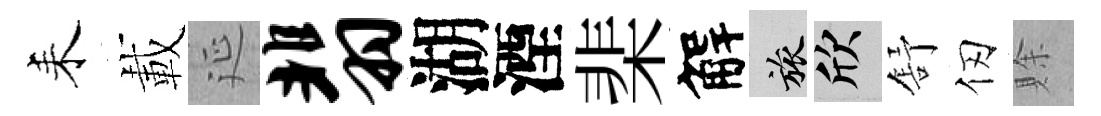
耒載延翡湖湮棐解旅欣舒仞賖